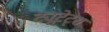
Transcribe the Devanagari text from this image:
ट्यूटेट्स